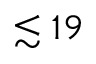
\lesssim 1 9